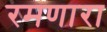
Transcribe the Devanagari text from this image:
रमणारा